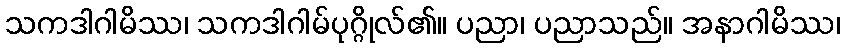
သကဒါဂါမိဿ၊ သကဒါဂါမ်ပုဂ္ဂိုလ်၏။ ပညာ၊ ပညာသည်။ အနာဂါမိဿ၊